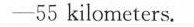
-55 kilometers.